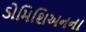
ડોમિશિઅનના